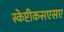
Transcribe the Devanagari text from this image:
स्केप्टीकसएसए